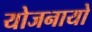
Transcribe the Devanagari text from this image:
योजनायो